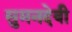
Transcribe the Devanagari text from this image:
सुमनदेवी